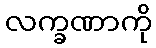
လက္ခဏာကို